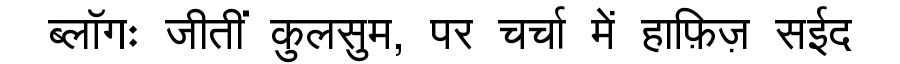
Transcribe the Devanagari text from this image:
ब्लॉगः जीतीं कुलसुम, पर चर्चा में हाफ़िज़ सईद